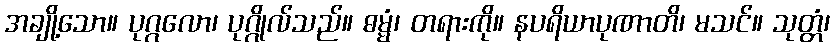
အချို့သော။ ပုဂ္ဂလော၊ ပုဂ္ဂိုလ်သည်။ ဓမ္မံ၊ တရားကို။ နပရိယာပုဏာတိ၊ မသင်။ သုတ္တံ၊